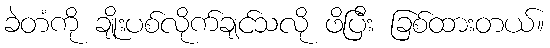
ခဲတံကို ချိုးပစ်လိုက်ချင်သလို ဖိပြီး ခြစ်ထားတယ်။